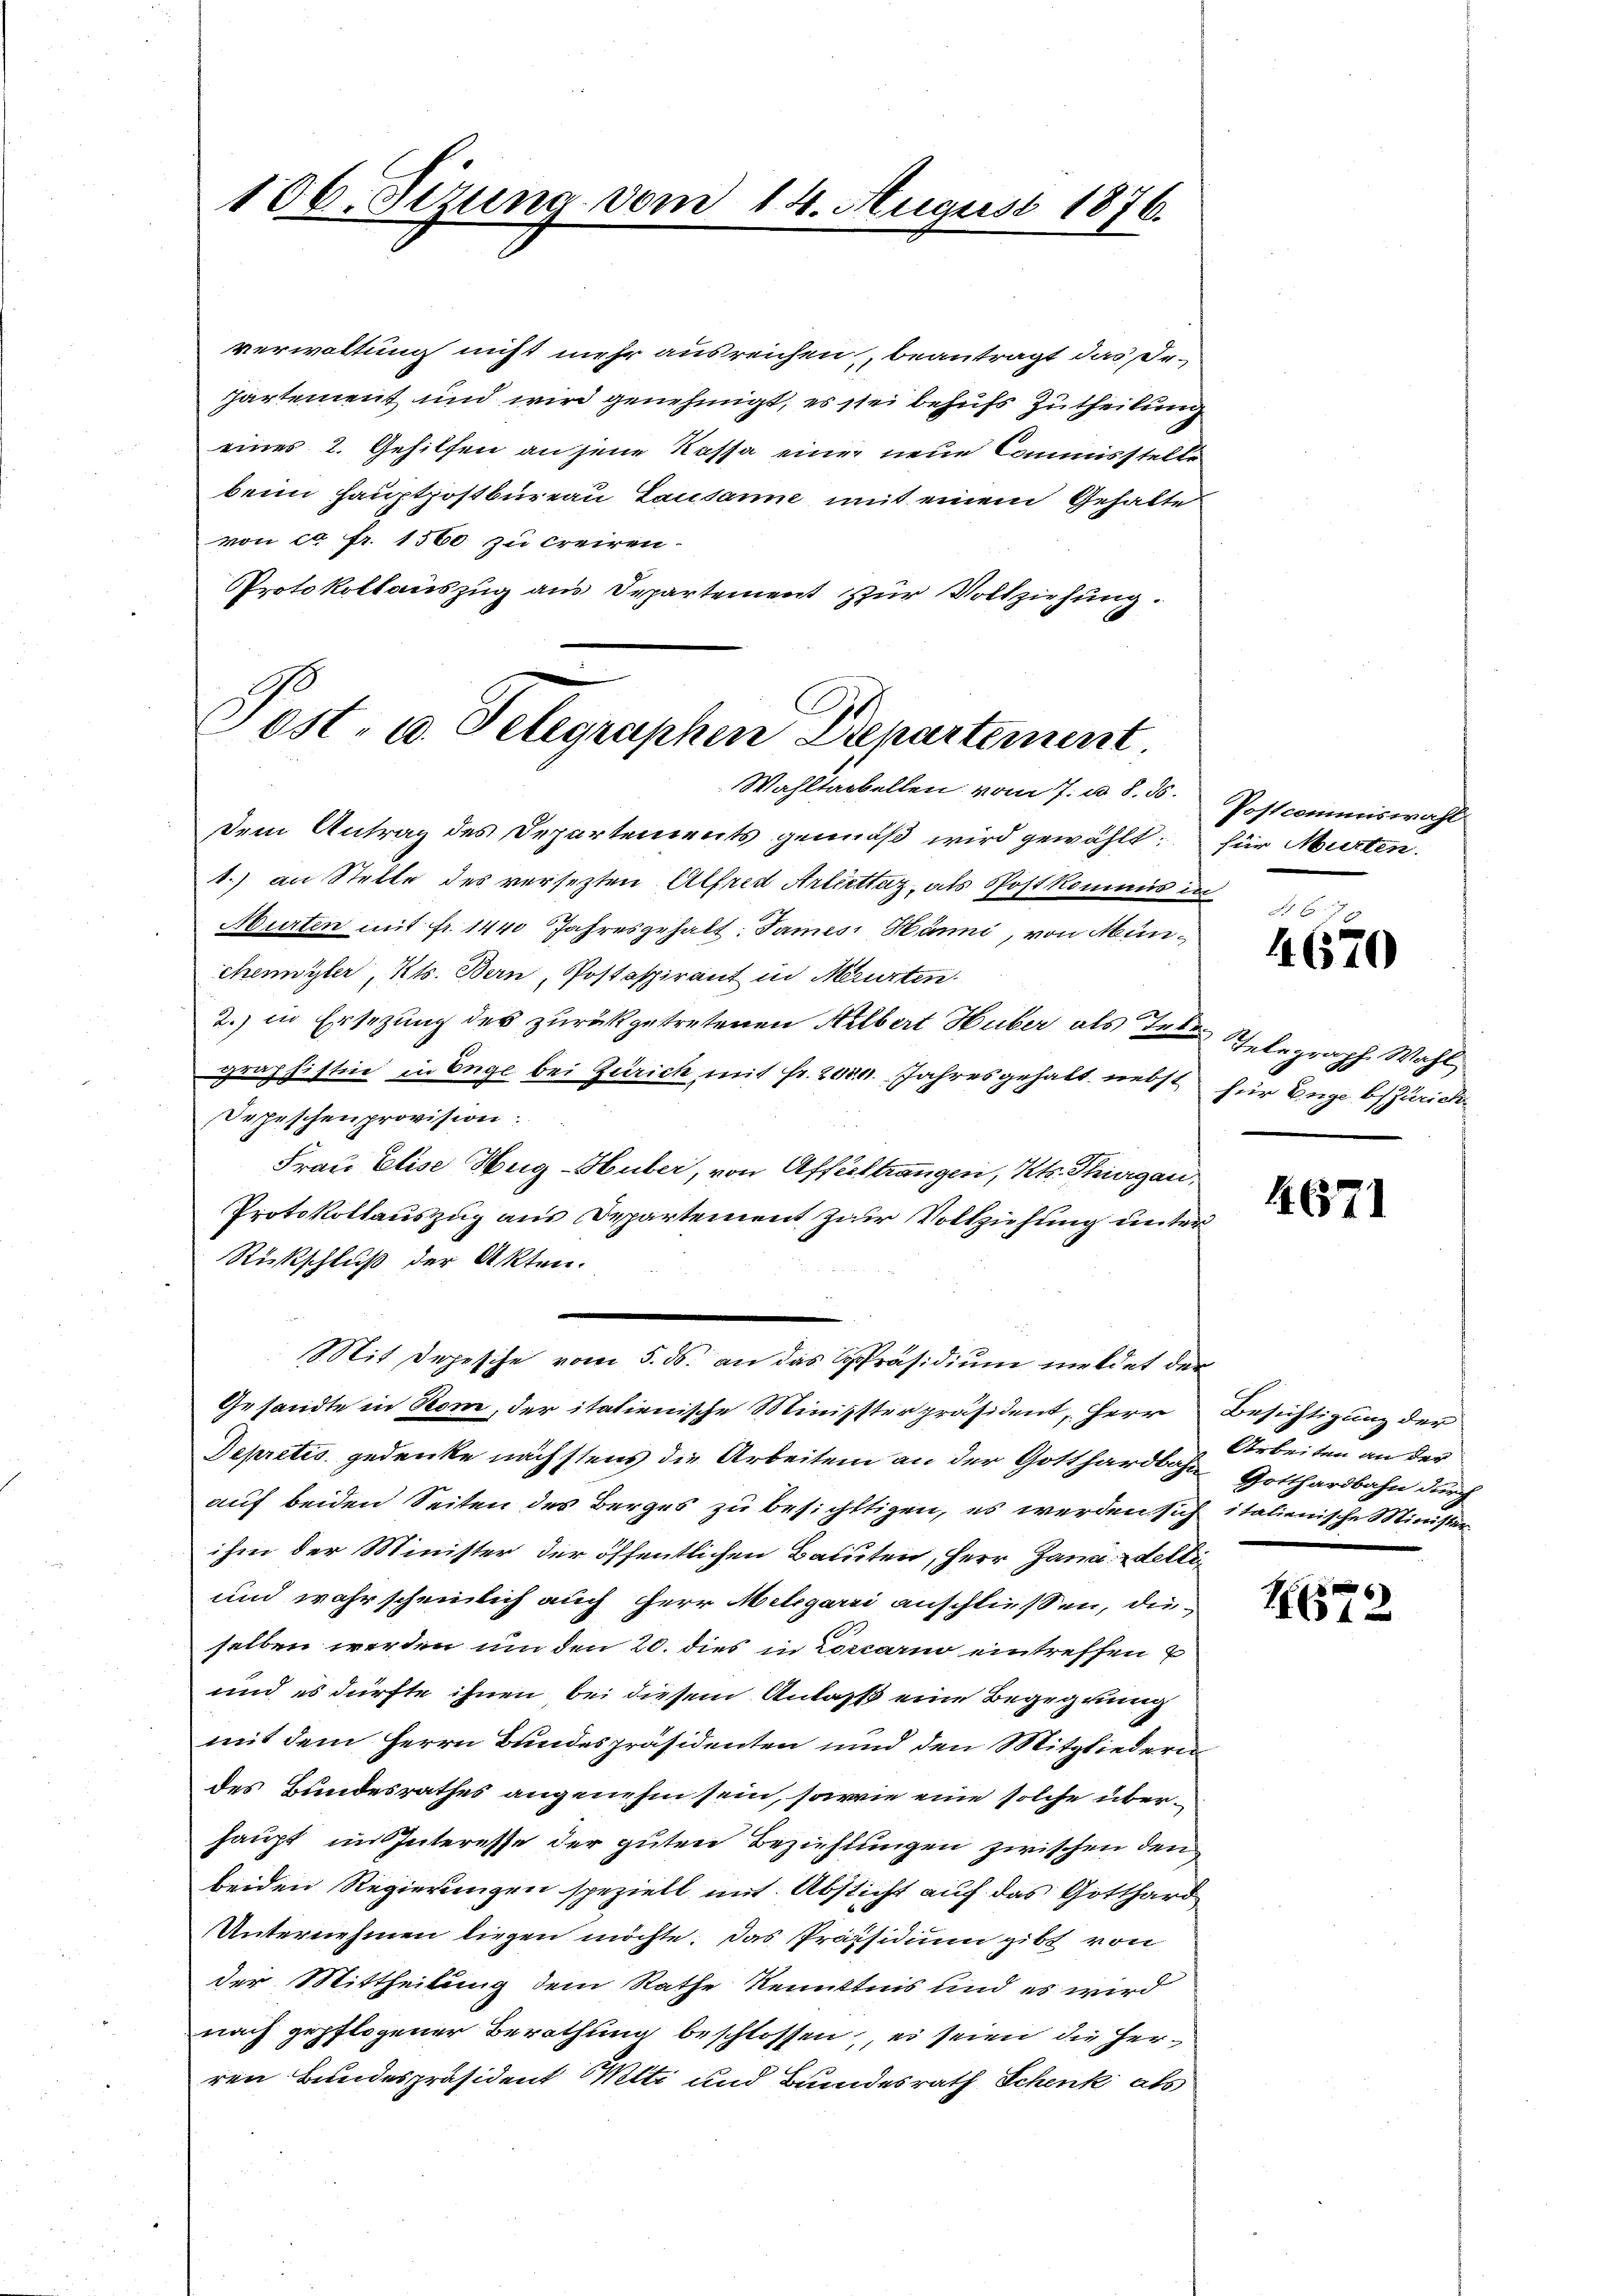
106. Sizung vom 14. August 1876.

verwaltung nicht mehr ausreichen, beantragt das Dehartement und wird genehmigt, es sei behufs Zutheilung
eines 2. Gehilfen an jene Kassa eine neue Commisstelle
beim Hauptpostbureau Lausanne mit einem Gehalte
von ca Fr. 1560 zu creiren.
Protokollauszug aus Departement zur Vollziehung.

Sost- u. Telegraphen Departement

Wahltabellen vom 7. d. 8. 35.
dem Antrag des Departements gemäß wird gewählt: für Murten.
1.) an Stelle des versetzten Alfred Arluttaz, als Post kommis in
Murten mit fr. 1440 Jahresgehalt: Jamesi Hänni, von Münchenzler, Kts. Bern, Postspirant in Murten.
2.) in Ersezung des zurückgetretenen Hilbert Huber als Tele Telegraph Wahl
graphistine in Enge bei Zürich mit fr. 2000. Jahres gehalt nebst für Enge bis Zürich
Depeschen provision.
Frau Elise Hug-Huber, von Affeltrangen, Kts. Thurgau,
Protokollauszug aus Departement zur Vollziehung unter
Rückschluß der Akten.
Gesandte in Rom, der italienische Ministerpräsident, Herr Besichtigung der
Depretis gedenke nächstens die Arbeiten an der Gotthardbahn
auf beiden Seiten des Berges zu besichttigen, es werden sich italienische Minister
ihm der Minister der öffentlichen Bauten, Herr Jana delli
und wahrscheinlich auch Herr Melgarii anschließen, dieselben werden um den 20. dies in Locarno eintreffen
und es dürfte ihnen bei diesem Anlaß eine Begegnung
mit dem Herrn Bundespräsidenten und den Mitgliedern
des Bundesrathes angenehm sein, sowie eine solche überhaupt im Interesse der guten Beziehungen zwischen den
beiden Regierungen speziell mit Absticht auf das Gotthard
Unternehmen liegen möchte. Das Präsidium gibt von
der Mittheilung dem Rathe Kenntnis und es wird
nach gepflogener Berathung beschlossen, es seien die Herren Bundespräsident Welti und Bundesrath Schenk als

Mit Depesche vom 5. ds. an das Präsidium meldet der

Postcommiswahl

467 x
4670

4671

Arbeiten an der
Gotthardbahn durch

1570